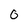
Character: 0